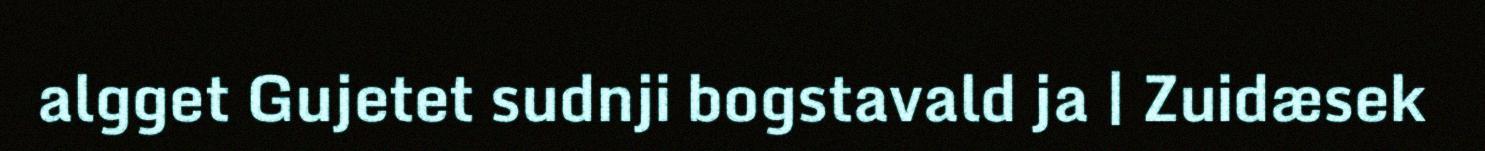
algget Gujetet sudnji bogstavald ja | Zuidæsek